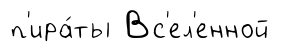
п'ира́ты Вс'ел'енной